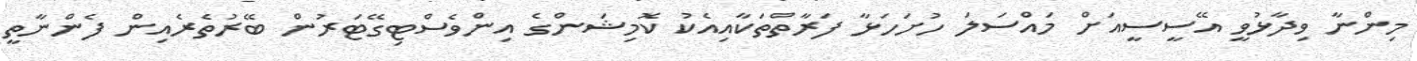
މިންނާ ވިދާޅުވީ އޭސީސީއަށް މައްސަލަ ހުށަހަޅާ ފަރާތްތަކާއިއެކު ކޮމިޝަންގެ އިންވެސްޓިގޭޓަރުން ބޭރުތެރެއިން ފެންނާތީ